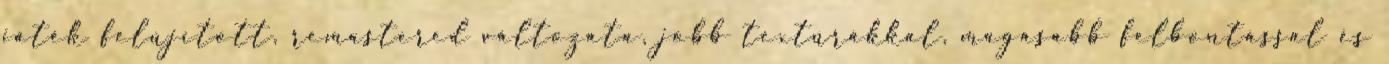
játék felújított, remastered változata, jobb textúrákkal, magasabb felbontással és